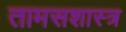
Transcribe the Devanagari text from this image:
तामसशास्त्र